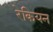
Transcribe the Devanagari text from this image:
रेकियन